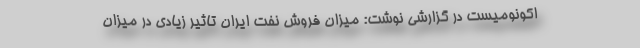
اکونومیست در گزارشی نوشت: میزان فروش نفت ایران تاثیر زیادی در میزان